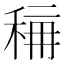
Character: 𱶈